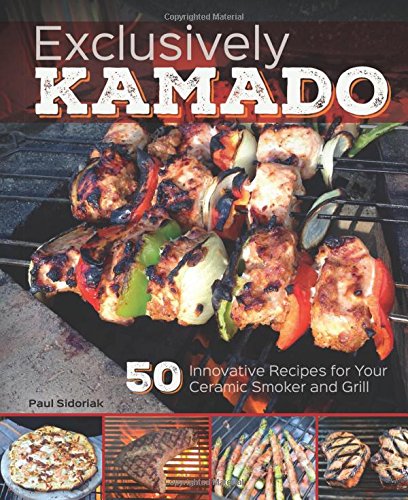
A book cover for Exclusively Kamado: 50 Innovative Recipes for your Ceramic Smoker and Grill; Paul Sidoriak; Cookbooks, Food & Wine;